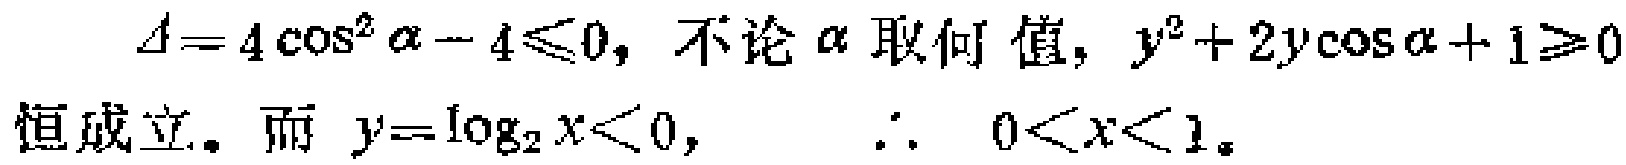
\(\Delta = 4\cos^{2}\alpha - 4\leqslant0\)，不论\(\alpha\)取何值，\(y^{2}+2y\cos\alpha + 1\geqslant0\)恒成立。而\(y = \log_{2}x<0\)，\(\therefore 0<x<1\)。